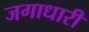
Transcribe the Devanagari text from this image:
जगाधारी